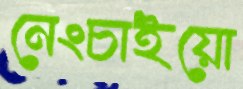
নেংচাইয়ো